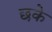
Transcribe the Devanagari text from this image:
छके